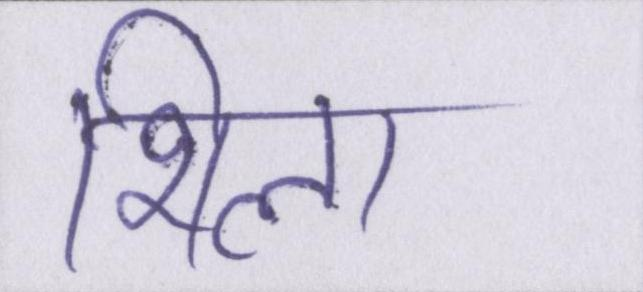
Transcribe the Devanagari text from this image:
शिला